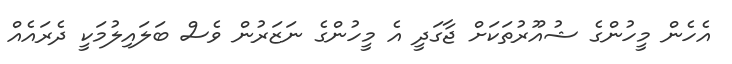
އެހެން މީހުންގެ ޝުއޫރުތަކަށް ޖާގަދީ އެ މީހުންގެ ނަޒަރުން ވެސް ބަލައިލުމަކީ ދެރައެއް